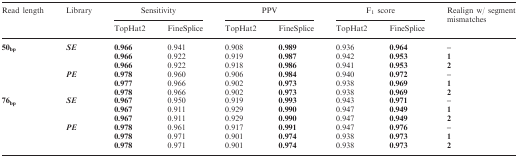
| <ROWSPAN=2> Read length | <ROWSPAN=2> Library | <COLSPAN=2> Sensitivity | <COLSPAN=2> PPV | <COLSPAN=2> F1 score | <ROWSPAN=2> Realign w/ segment mismatches |
 | TopHat2 | FineSplice | TopHat2 | FineSplice | TopHat2 | FineSplice |
 | --- | --- | --- | --- | --- | --- | --- | --- | --- |
 | <ROWSPAN=6> 50bp | <ROWSPAN=3> SE | 0.966 | 0.941 | 0.908 | 0.989 | 0.936 | 0.964 | – |
 | 0.966 | 0.922 | 0.919 | 0.987 | 0.942 | 0.953 | 1 |
 | 0.966 | 0.922 | 0.918 | 0.986 | 0.941 | 0.953 | 2 |
 | <ROWSPAN=3> PE | 0.978 | 0.960 | 0.906 | 0.984 | 0.940 | 0.972 | – |
 | 0.977 | 0.966 | 0.902 | 0.973 | 0.938 | 0.969 | 1 |
 | 0.978 | 0.966 | 0.902 | 0.973 | 0.938 | 0.969 | 2 |
 | <ROWSPAN=6> 76bp | <ROWSPAN=3> SE | 0.967 | 0.950 | 0.919 | 0.993 | 0.943 | 0.971 | – |
 | 0.967 | 0.911 | 0.929 | 0.990 | 0.947 | 0.949 | 1 |
 | 0.967 | 0.911 | 0.929 | 0.990 | 0.947 | 0.949 | 2 |
 | <ROWSPAN=3> PE | 0.978 | 0.961 | 0.917 | 0.991 | 0.947 | 0.976 | – |
 | 0.978 | 0.971 | 0.901 | 0.974 | 0.938 | 0.973 | 1 |
 | 0.978 | 0.971 | 0.901 | 0.974 | 0.938 | 0.973 | 2 |